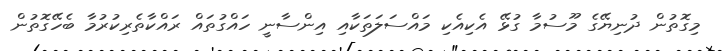
މިގޮތުން ދުނިޔޭގެ މޫސުމާ ގުޅޭ އެކިއެކި މައްސަލަތަކާއި އިންސާނީ ހައްގުތައް ރައްކާތެރިކުރުމާ ބެހޭގޮތުން